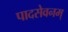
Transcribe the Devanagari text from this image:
पादसेवनम्